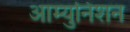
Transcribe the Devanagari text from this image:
आम्युनिशन